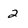
Character: 2